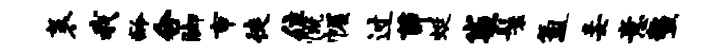
袤我龄合脚市徒住慨幄过茆蜓袋鬟氲妾意鳌